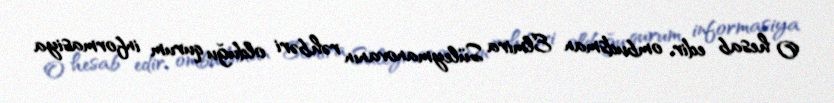
O hesab edir, ombudsman Elmira Süleymanovanın rəhbəri olduğu qurum informasiya